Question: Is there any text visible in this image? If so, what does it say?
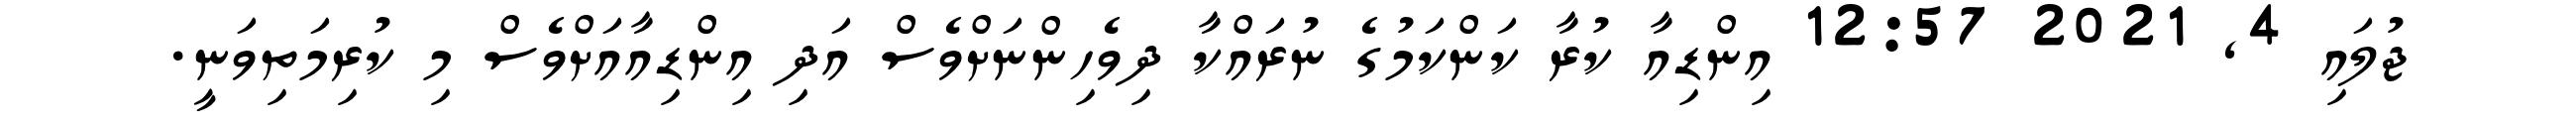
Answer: ޖުލައި 4, 2021 12:57 އިންޑިއާ ކުރާ ކަންކަމުގެ ނުރައްކާ ދިވެހިންނަށްވެސް އަދި އިންޑިއާއަށްވެސް މި ކުރިމަތިވަނީ.